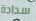
سدادة